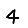
Digit: 4